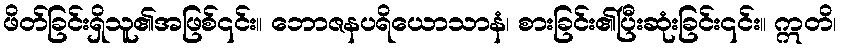
ဖိတ်ခြင်းရှိသူ၏အဖြစ်၎င်း။ ဘောဇနပရိယောသာနံ၊ စားခြင်း၏ပြီးဆုံးခြင်း၎င်း။ ဣတိ၊